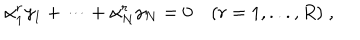
\alpha _ { 1 } ^ { r } \gamma _ { 1 } + \dots + \alpha _ { N } ^ { r } \gamma _ { N } = 0 \quad ( r = 1 , . . . , R ) \; ,